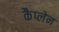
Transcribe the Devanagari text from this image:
कैप्लेन